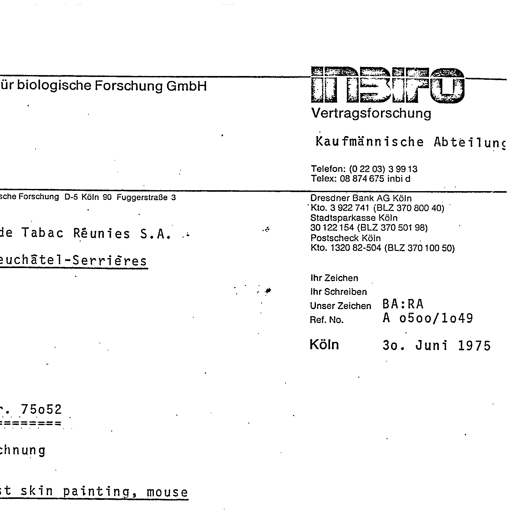
Transcript:
für biologische Forschung GmbH
INBIFO
Vertragsforschung
Kaufmännische Abteilung
Telefon: (0 22 03) 3 99 13
Telex: 08 874 675 inbi d
sche Forschung D-5 Köln 90 Fuggerstraße 3
Dresdner Bank AG Köln
Kto. 3 922 741 (BLZ 370 800 40)
Stadtsparkasse Köln
30 122 154 (BLZ 370 501 98)
Postscheck Köln
Kto. 1320 82-504 (BLZ 370 100 50)
de Tabac Réunies S.A.
euchâtel-Serrières
Ihr Zeichen
Ihr Schreiben
Unser Zeichen BA:RA
Ref. No. A 0500/1049
Köln 30. Juni 1975
r. 75052
========
chnung
st skin painting, mouse